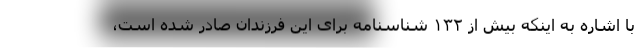
با اشاره به اینکه بیش از ۱۳۲ شناسنامه برای این فرزندان صادر شده است،